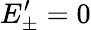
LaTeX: E_{\pm}^{\prime}=0